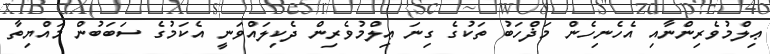
ޢިލްމުވެރިންނާއި އެހެނިހެން މަޛްހަބު ތަކުގެ ގިނަ ޢިލްމުވެރިން ދެކިލައްވަނީ އެކަމުގެ ސަބަބުން މައްޔިތާ